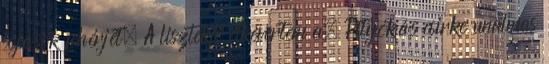
tojások fehérjét. A liszteket elkevertem a. Pityókás csirke unalmas